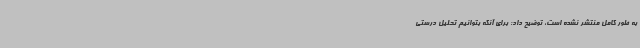
به طور کامل منتشر نشده است، توضیح داد:‌ برای آنکه بتوانیم تحلیل درستی